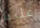
علينا